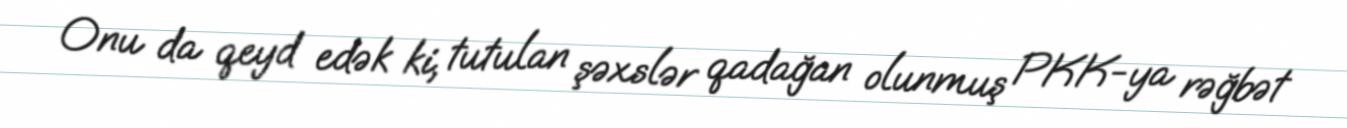
Onu da qeyd edək ki, tutulan şəxslər qadağan olunmuş PKK-ya rəğbət